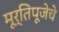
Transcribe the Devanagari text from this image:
मूर्तिपूजेचे